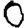
Digit: 0